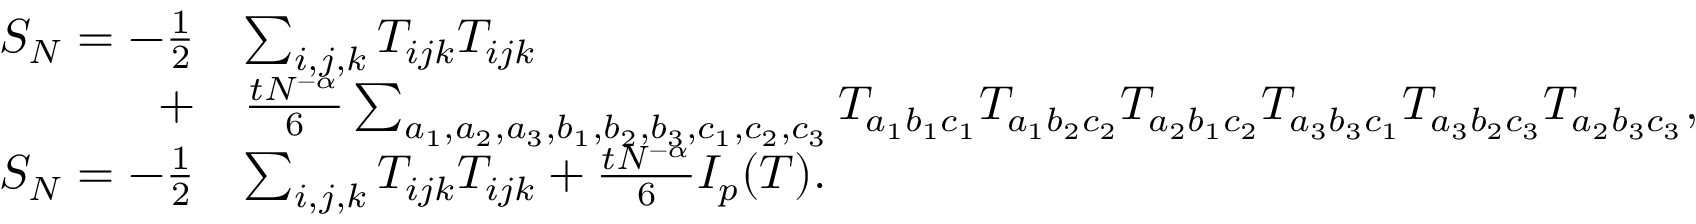
\begin{array} { r l } { S _ { N } = - \frac { 1 } { 2 } } & { \sum _ { i , j , k } T _ { i j k } T _ { i j k } } \\ { + } & { \frac { t N ^ { - \alpha } } { 6 } \sum _ { a _ { 1 } , a _ { 2 } , a _ { 3 } , b _ { 1 } , b _ { 2 } , b _ { 3 } , c _ { 1 } , c _ { 2 } , c _ { 3 } } T _ { a _ { 1 } b _ { 1 } c _ { 1 } } T _ { a _ { 1 } b _ { 2 } c _ { 2 } } T _ { a _ { 2 } b _ { 1 } c _ { 2 } } T _ { a _ { 3 } b _ { 3 } c _ { 1 } } T _ { a _ { 3 } b _ { 2 } c _ { 3 } } T _ { a _ { 2 } b _ { 3 } c _ { 3 } } \mathrm { , } } \\ { S _ { N } = - \frac { 1 } { 2 } } & { \sum _ { i , j , k } T _ { i j k } T _ { i j k } + \frac { t N ^ { - \alpha } } { 6 } I _ { p } ( T ) \mathrm { . } } \end{array}